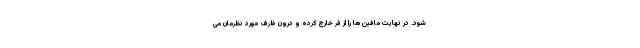
شود. در نهایت مافین ها را از فر خارج کرده و درون ظرف مورد نظرمان می